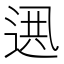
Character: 𨓟